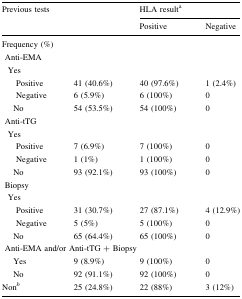
| <ROWSPAN=2-COLSPAN=2> Previous tests | <COLSPAN=2> HLA resulta |
 | Positive | Negative |
 | --- | --- | --- | --- |
 | <COLSPAN=4> Frequency (%) |
 | <COLSPAN=4> Anti-EMA |
 | <COLSPAN=4> Yes |
 | Positive | 41 (40.6%) | 40 (97.6%) | 1 (2.4%) |
 | Negative | 6 (5.9%) | 6 (100%) | 0 |
 | No | 54 (53.5%) | 54 (100%) | 0 |
 | <COLSPAN=4> Anti-tTG |
 | <COLSPAN=4> Yes |
 | Positive | 7 (6.9%) | 7 (100%) | 0 |
 | Negative | 1 (1%) | 1 (100%) | 0 |
 | No | 93 (92.1%) | 93 (100%) | 0 |
 | <COLSPAN=4> Biopsy |
 | <COLSPAN=4> Yes |
 | Positive | 31 (30.7%) | 27 (87.1%) | 4 (12.9%) |
 | Negative | 5 (5%) | 5 (100%) | 0 |
 | No | 65 (64.4%) | 65 (100%) | 0 |
 | <COLSPAN=4> Anti-EMA and/or Anti-tTG + Biopsy |
 | Yes | 9 (8.9%) | 9 (100%) | 0 |
 | No | 92 (91.1%) | 92 (100%) | 0 |
 | Nonb | 25 (24.8%) | 22 (88%) | 3 (12%) |